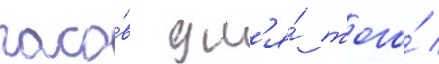
часо́в дл'я́ того́ /